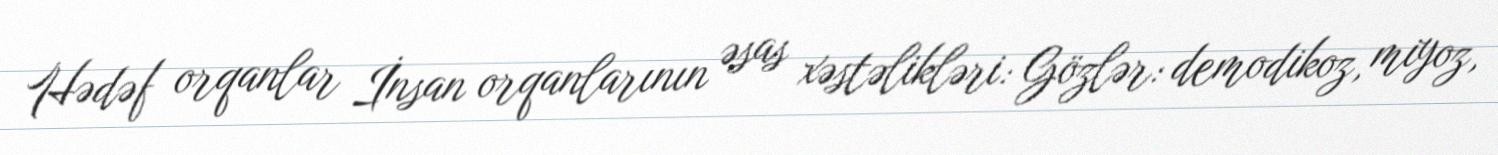
Hədəf orqanlar İnsan orqanlarının əsas xəstəlikləri: Gözlər: demodikoz, miyoz,